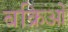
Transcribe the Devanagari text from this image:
बक्रिओं